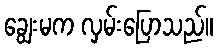
ချွေးမက လှမ်းပြောသည်။